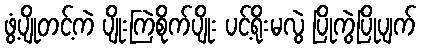
ဖွံ့ပျိုတင့်ကဲ ပျိုးကြဲစိုက်ပျိုး ပင့်ရိုးမလွဲ ပြိုကွဲပြိုပျက်